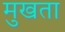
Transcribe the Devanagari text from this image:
मुखता